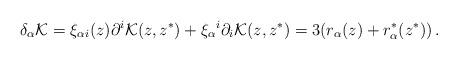
LaTeX: \begin{align*}\delta _\alpha {\cal K}=\xi_{\alpha i}(z)\partial ^i{\cal K}(z,z^*) +\xi _\alpha {}^i\partial _i{\cal K}(z,z^*)= 3(r_\alpha(z)+r_\alpha^*(z^*))\,.\end{align*}